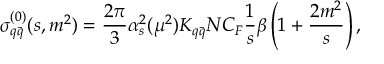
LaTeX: \sigma _ { q \bar { q } } ^ { ( 0 ) } ( s , m ^ { 2 } ) = \frac { 2 \pi } { 3 } \alpha _ { s } ^ { 2 } ( \mu ^ { 2 } ) K _ { q \bar { q } } N C _ { F } \frac { 1 } { s } \beta \left( 1 + \frac { 2 m ^ { 2 } } { s } \right) ,